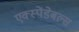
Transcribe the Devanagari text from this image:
एक्स्पेंडेबल्स